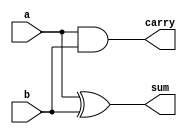
module half_adder_behavioral(
    input a,
    input b,
    output reg sum,  
    output reg carry
    );
  
    // Behavioral style
    always @(a or b) begin
        sum   = a ^ b;  // a XOR b
        carry = a & b;  // a AND b
    end
endmodule